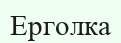
Ерголка